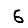
Digit: 6